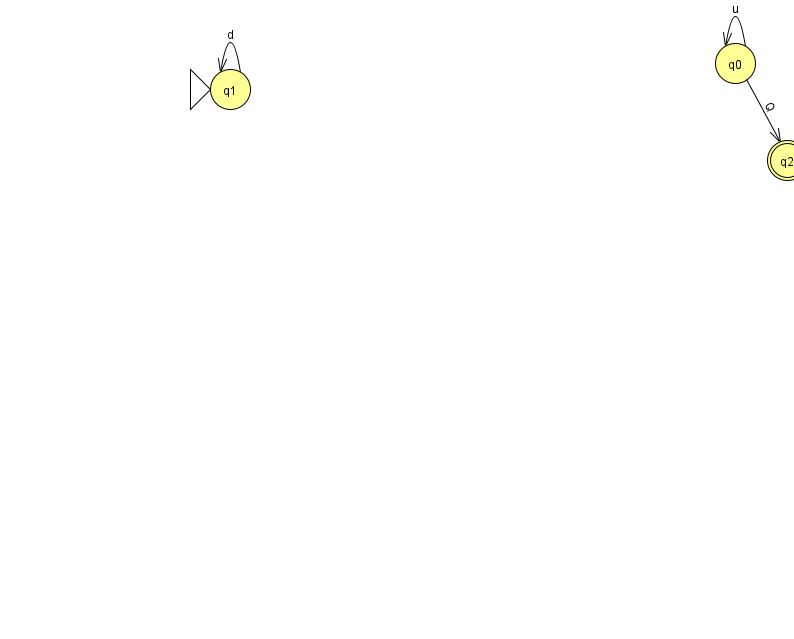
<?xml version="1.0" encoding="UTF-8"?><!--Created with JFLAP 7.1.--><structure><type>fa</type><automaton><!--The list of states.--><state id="0" name="q0"><x>735.0</x><y>50.0</y></state><state id="1" name="q1"><x>230.0</x><y>76.0</y><initial/></state><state id="2" name="q2"><x>787.0</x><y>147.0</y><final/></state><!--The list of transitions.--><transition><from>1</from><to>1</to><read>d</read></transition><transition><from>0</from><to>0</to><read>u</read></transition><transition><from>0</from><to>2</to><read>Q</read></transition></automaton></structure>